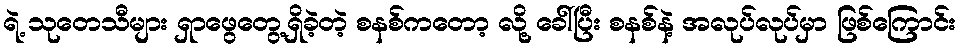
ရဲ့ သုတေသီများ ရှာဖွေတွေ့ရှိခဲ့တဲ့ စနစ်ကတော့ လို့ ခေါ်ပြီး စနစ်နဲ့ အလုပ်လုပ်မှာ ဖြစ်ကြောင်း